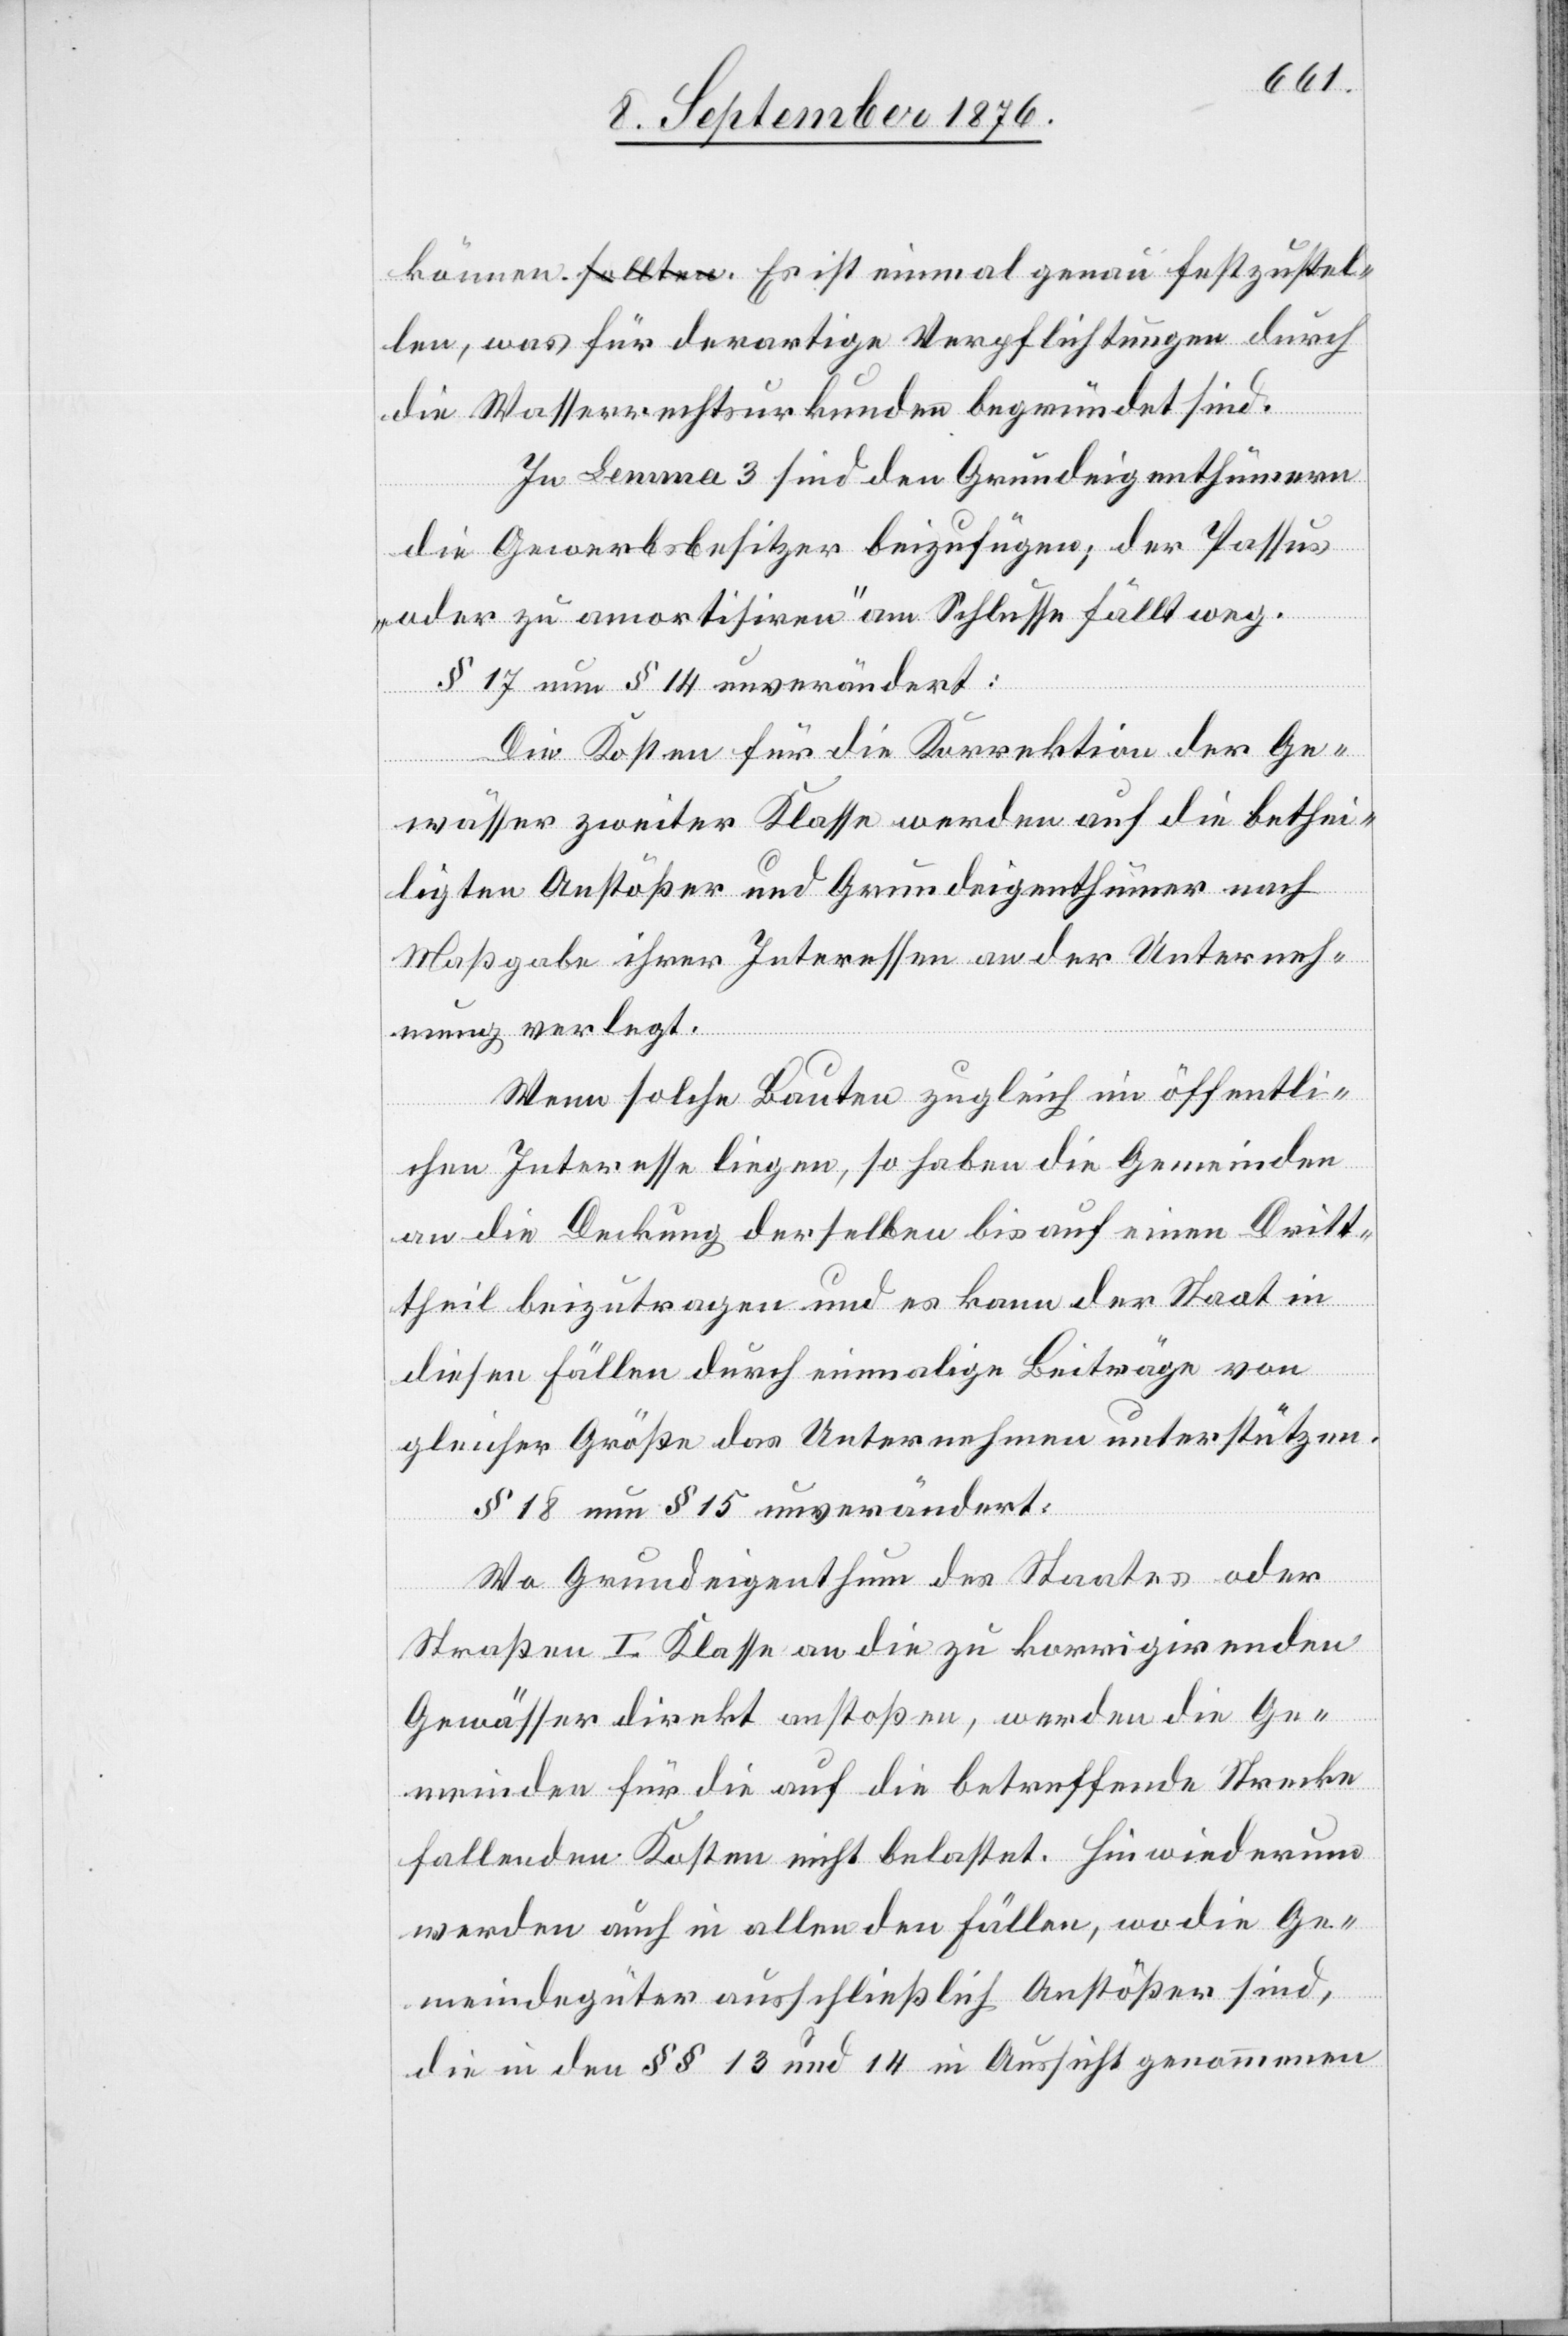
können. Es ist einmal genau festzustel¬
len, was für derartige Verpflichtungen durch
die Wasserrechtsurkunden begründet sind.
In Lemma 3 sind den Grundeigenthümern
die Gewerbsbesitzer beizufügen; der Passus
„oder zu amortisiren“ am Schlusse fällt weg.
§ 17 neu § 14 unverändert:
Die Kosten für die Korrektion der Ge¬
wässer zweiter Klasse werden auf die bethei¬
ligten Anstößer und Grundeigenthümer nach
Maßgabe ihrer Interessen an der Unterneh¬
mung verlegt.
Wenn solche Bauten zugleich im öffentli¬
chen Interesse liegen so haben die Gemeinden
an die Deckung derselben bis auf einen Dritt¬
theil beizutragen und es kann der Staat in
diesen Fällen durch einmalige Beiträge von
gleicher Größe das Unternehmen unterstützen.
§ 18 neu § 15 unverändert:
Wo Grundeigenthum des Staates oder
Straßen I. Klasse an die zu korrigirenden
Gewässer direkt anstoßen, werden die Ge¬
meinden für die auf die betreffende Strecke
fallenden Kosten nicht belastet. Hinwiederum
werden auch in allen den Fällen, wo die Ge¬
meindegüter ausschließlich Anstößer sind,
die in den §§ 13 und 14 in Aussicht genommenen